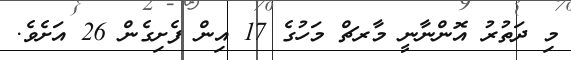
މި ދަތުރު އޮންނާނީ މާރޗް މަހުގެ 17 އިން ފެށިގެން 26 އަށެވެ.